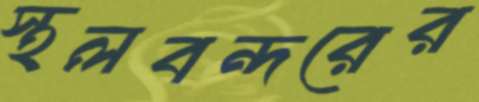
স্থলবন্দরের